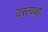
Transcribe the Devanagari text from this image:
वस्त्वर्था